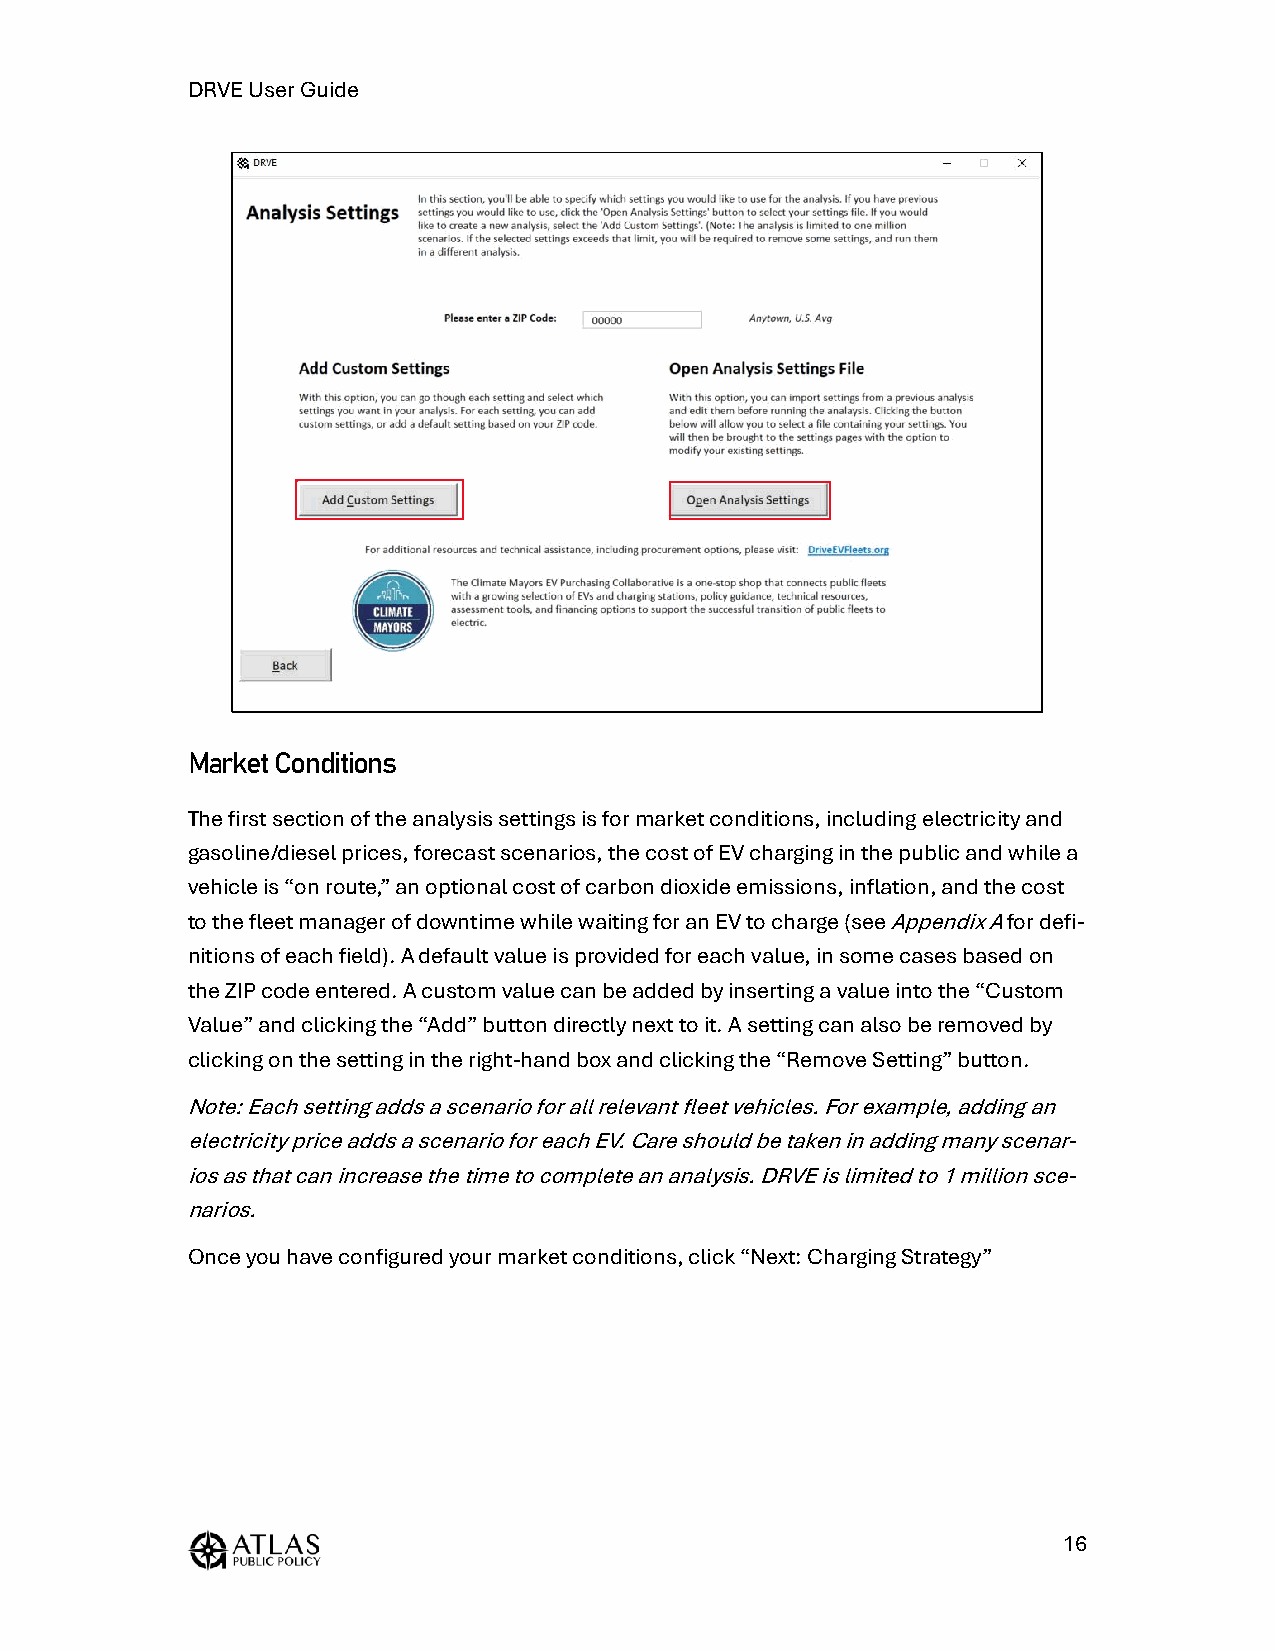
DRVE User Guide
 Market Conditions
 The first section of the analysis settings is for market conditions, including electricity and
 gasoline/diesel prices, forecast scenarios, the cost of EV charging in the public and while a
 vehicle is “on route,” an optional cost of carbon dioxide emissions, inflation, and the cost
 to the fleet manager of downtime while waiting for an EV to charge (see Appendix A for defi-
 nitions of each field). A default value is provided for each value, in some cases based on
 the ZIP code entered. A custom value can be added by inserting a value into the “Custom
 Value” and clicking the “Add” button directly next to it. A setting can also be removed by
 clicking on the setting in the right-hand box and clicking the “Remove Setting” button.
 Note: Each setting adds a scenario for all relevant fleet vehicles. For example, adding an
 electricity price adds a scenario for each EV. Care should be taken in adding many scenar-
 ios as that can increase the time to complete an analysis. DRVE is limited to 1 million sce-
 narios.
 Once you have configured your market conditions, click “Next: Charging Strategy”
 16